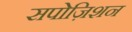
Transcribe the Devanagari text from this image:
सपोज़िशन